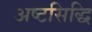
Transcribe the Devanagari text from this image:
अष्टसिद्धि